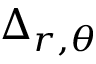
\Delta _ { r , \theta }